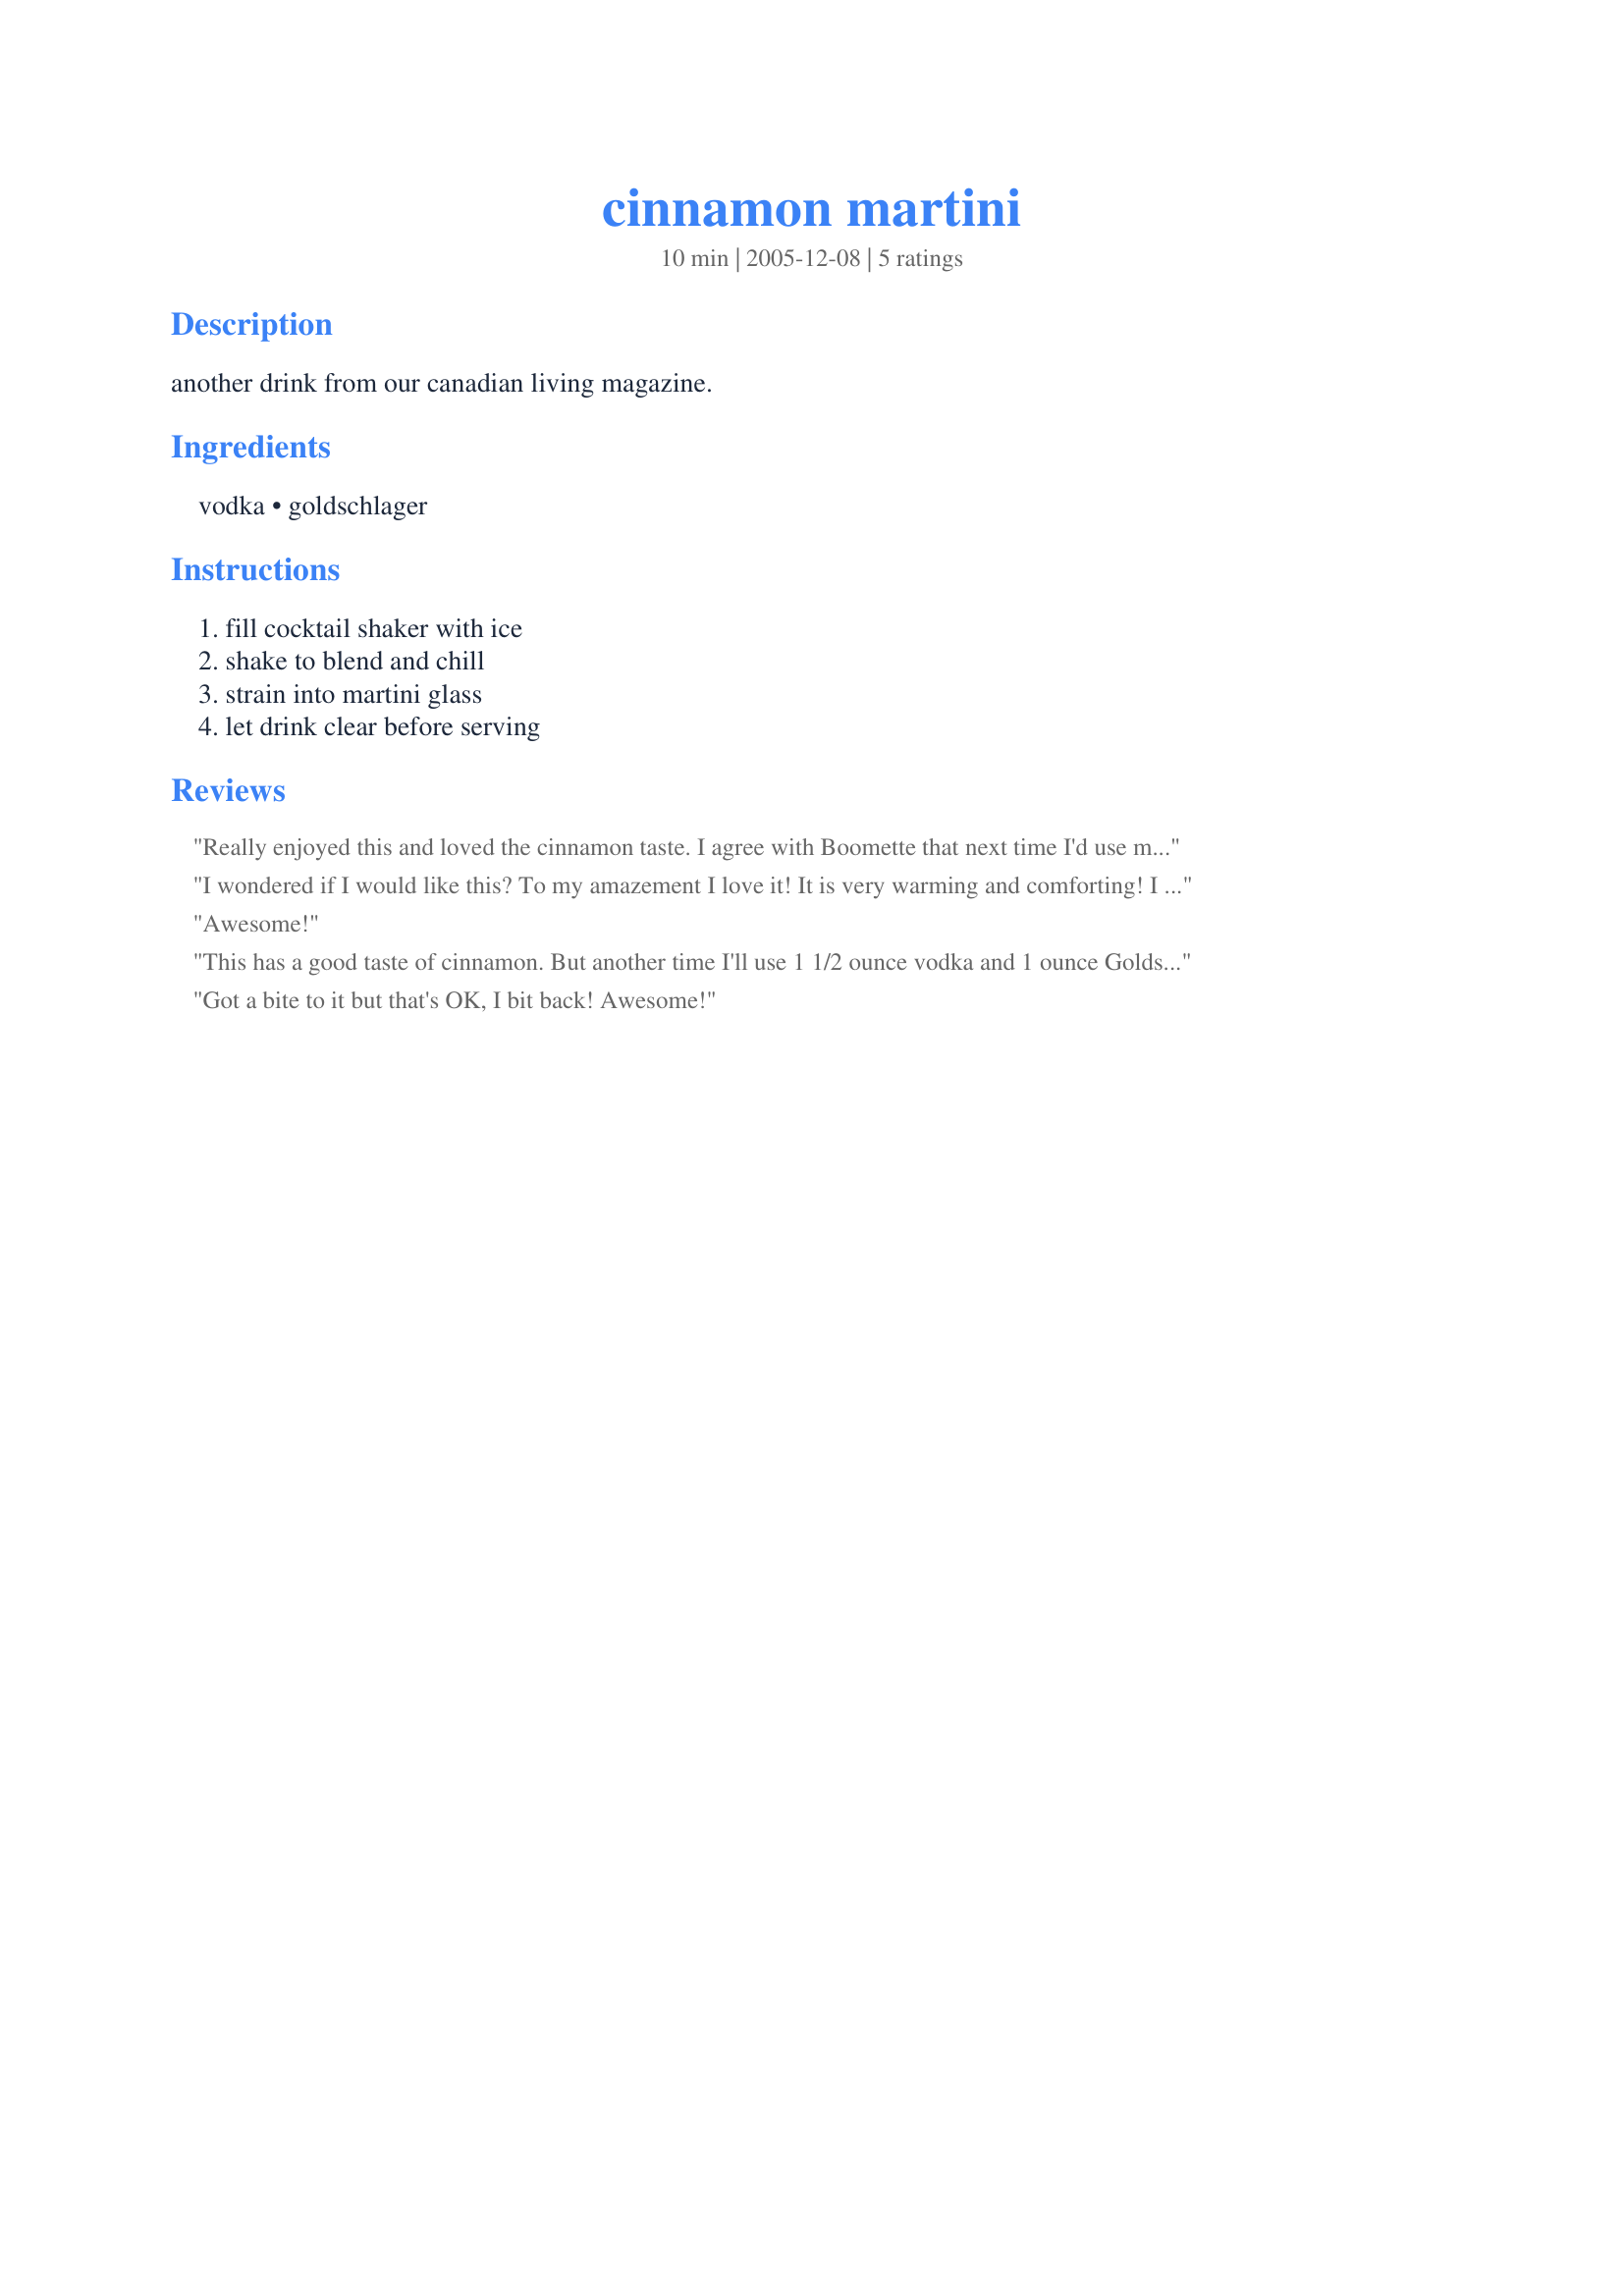
cinnamon martini
Preparation time: 10 minutes

another drink from our canadian living magazine.

Ingredients:
vodka, goldschlager

Steps:
fill cocktail shaker with ice, shake to blend and chill, strain into martini glass, let drink clear before serving

Reviews:
Really enjoyed this and loved the cinnamon taste. I agree with Boomette that next time I'd use more vodka to it. I coated the rim of the glass with a sugar cinnamon mixture and added a cinnamon stick to the glass - but it's really not needed and loved the little flecks of gold floating around in the glass. A drink sure to impress.
I wondered if I would like this? To my amazement I love it! It is very warming and comforting! I like the way the vodka bring down the goldschlager. Don`t get me wrong the cinnamon is there full force. This is a great winter martini.
Thanks!!!!
Awesome!
This has a good taste of cinnamon. But another time I'll use 1 1/2 ounce vodka and 1 ounce Goldschlager. This drink is very cute because of the gold in it. Thanks Nora :) Made for Bevy tag
Got a bite to it but that's OK, I bit back! Awesome!
